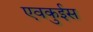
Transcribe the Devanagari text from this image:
एवकुईस